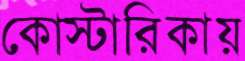
কোস্টারিকায়